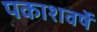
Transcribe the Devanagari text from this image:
पकाशवर्षे